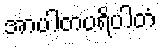
အာပါတပရိပါတံ